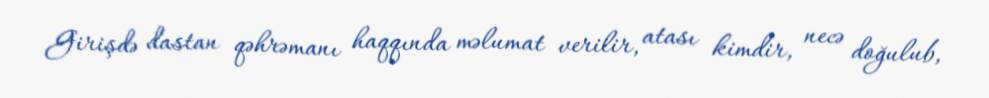
Girişdə dastan qəhrəmanı haqqında məlumat verilir, atası kimdir, necə doğulub,